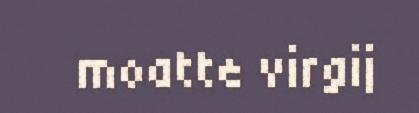
moatte virgij